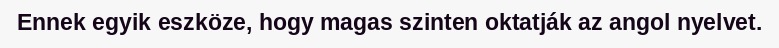
Ennek egyik eszköze, hogy magas szinten oktatják az angol nyelvet.